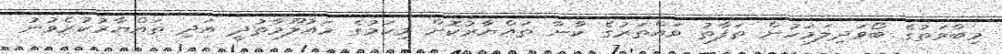
މިބާވަތުގެ ބޯވަދިލަމަހުން ތަފާތު ވައްތަރުގެ ކާނާ ތައްޔާރުކޮށް މިކަމުގެ މައުލޫމާތުދީ އަދި ތައްޔާރުކުރެވުނު